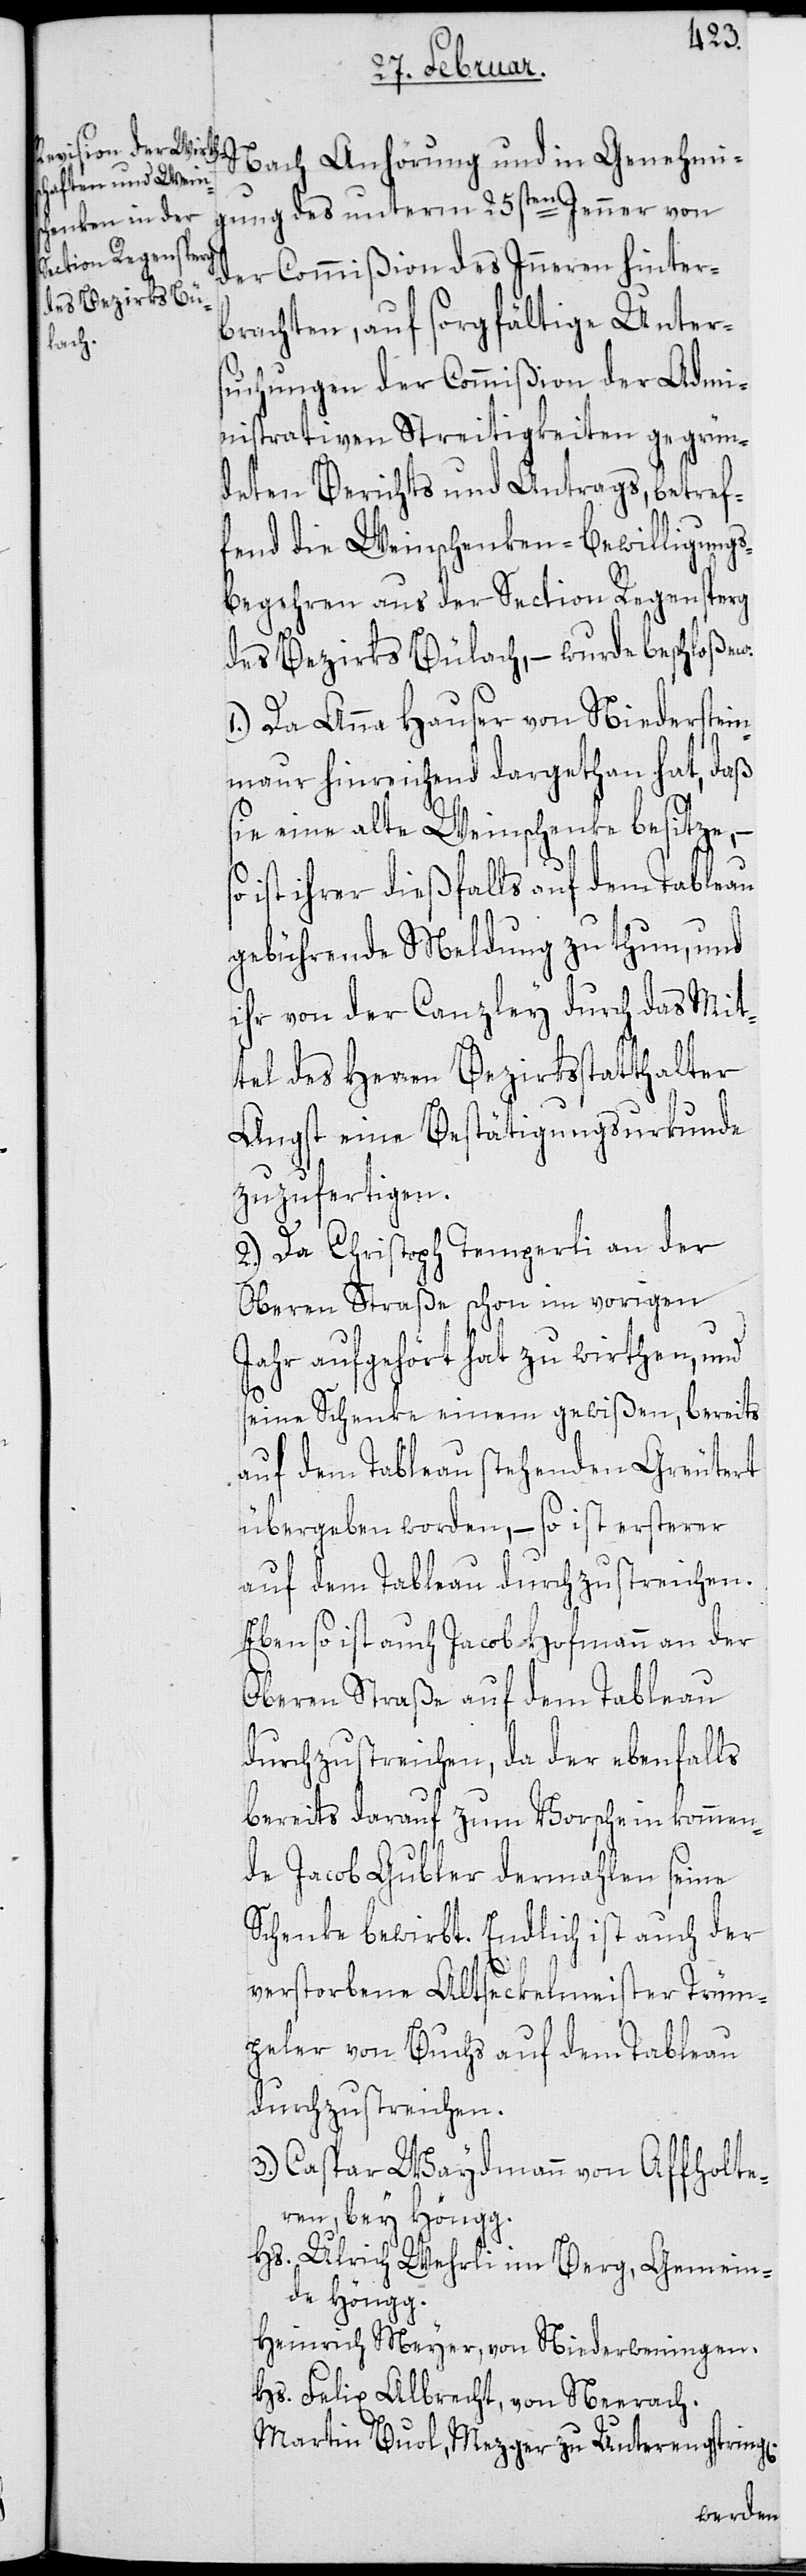
n]
Nach Anhörung und in Genehmi¬
gung des unterm 25sten Jenner von
der Commißion des Inneren hinter¬
brachten, auf sorgfältige Unter¬
suchungen der Commißion der Admi¬
nistrativen Streitigkeiten gegrün¬
deten Berichts und Antrags, betref¬
fend die Weinschenken-Bewilligungs¬
begehren aus der Section Regensperg
des Bezirks Bülach, – wurde beschloßen:
1.) Da Anna Hauser von Niederstein¬
maur hinreichend dargethan hat, daß
sie eine alte Weinschenke besitze,
ist ihrer dießfalls auf dem Tableau
gebührende Meldung zu thun, und
ihr von der Canzley durch das Mit¬
tel des Herren Bezirksstatthalter
Angst eine Bestätigungsurkunde
zuzufertigen.
2.) Da Christoph Temperli an der
Oberen Straße schon im vorigen
Jahr aufgehört hat zu wirthen, und
seine Schenke einem gewißen, bereits
auf dem Tableau stehenden Greutert
übergeben worden, – so ist ersterer
auf dem Tableau durchzustreichen.
Ebenso ist auch Jacob Hofmann an der
Oberen Straße auf dem Tableau
durchzustreichen, da der ebenfalls
bereits darauf zum Vorschein kommen¬
de Jacob Gubler dermahlen seine
Schenke bewirbt. Endlich ist auch der
verstorbene Altseckelmeister Trüm¬
peler von Buchs auf dem Tableau
durchzustreichen.
3.) Caspar Waydmann von Affholte¬
ren bey Höngg.
Hs. Ulrich Wehrli im Berg, Gemein¬
de Höngg.
Heinrich Meyer, von Niederweningen.
Hs. Felix Albrecht, von Neerach.
Martin Buol, Mezger zu Unterengstring[e¬